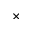
\times